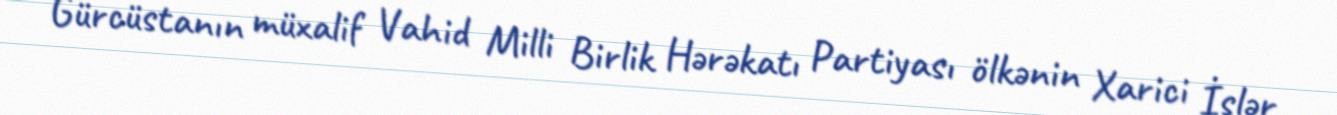
Gürcüstanın müxalif Vahid Milli Birlik Hərəkatı Partiyası ölkənin Xarici İşlər